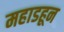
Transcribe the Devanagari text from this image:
महाडहून